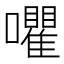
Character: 㘗